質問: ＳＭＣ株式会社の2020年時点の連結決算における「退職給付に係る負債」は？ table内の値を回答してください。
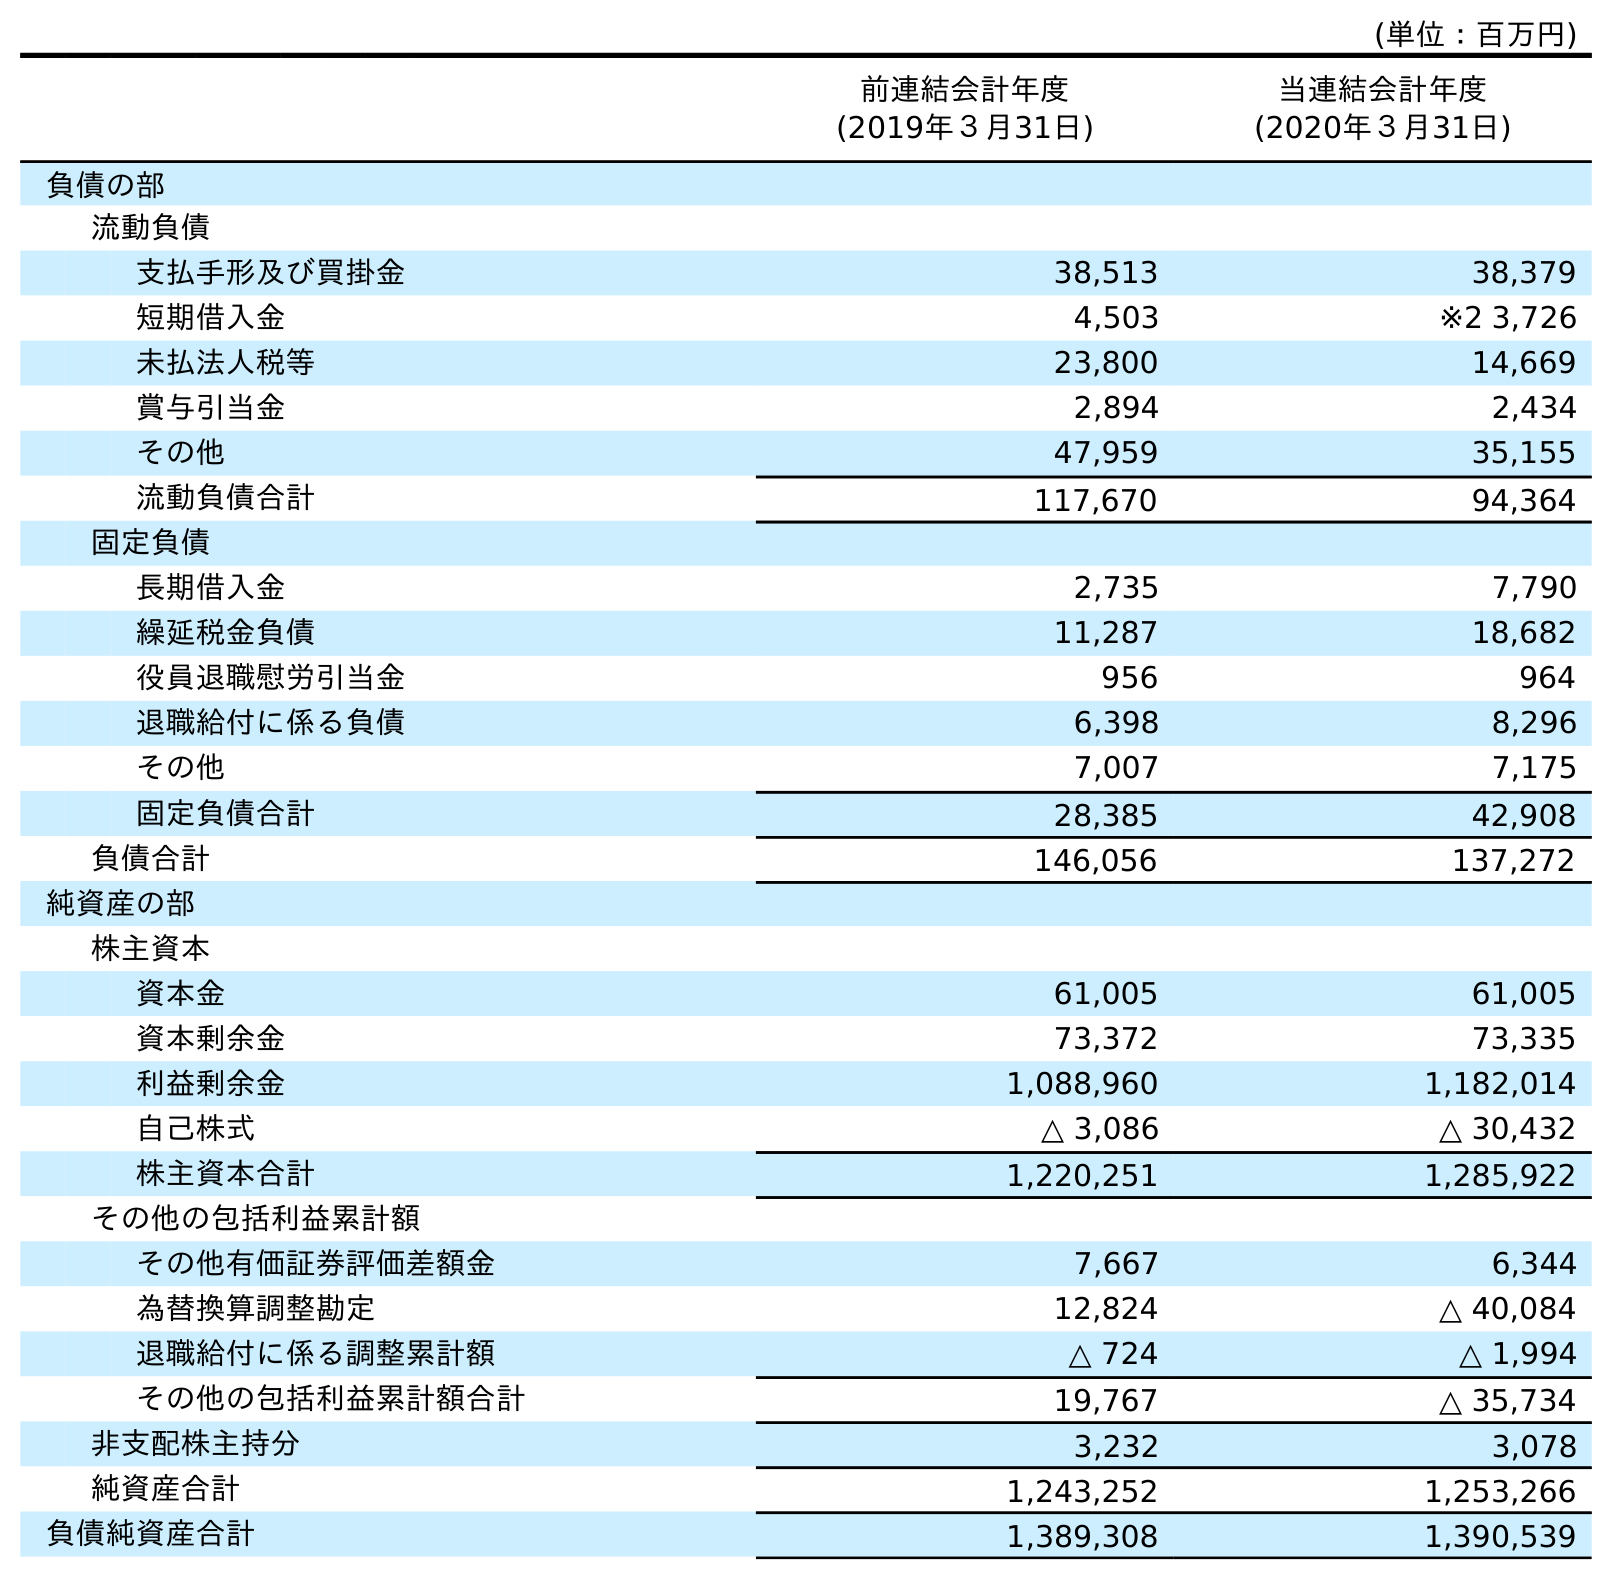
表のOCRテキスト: (単位：百万円) 前連結会計年度 (2019年３月31日) 当連結会計年度 (2020年３月31日) 負債の部 流動負債 支払手形及び買掛金 38,513 38,379 短期借入金 4,503 ※2 3,726 未払法人税等 23,800 14,669 賞与引当金 2,894 2,434 その他 47,959 35,155 流動負債合計 117,670 94,364 固定負債 長期借入金 2,735 7,790 繰延税金負債 11,287 18,682 役員退職慰労引当金 956 964 退職給付に係る負債 6,398 8,296 その他 7,007 7,175 固定負債合計 28,385 42,908 負債合計 146,056 137,272 純資産の部 株主資本 資本金 61,005 61,005 資本剰余金 73,372 73,335 利益剰余金 1,088,960 1,182,014 自己株式 △ 3,086 △ 30,432 株主資本合計 1,220,251 1,285,922 その他の包括利益累計額 その他有価証券評価差額金 7,667 6,344 為替換算調整勘定 12,824 △ 40,084 退職給付に係る調整累計額 △ 724 △ 1,994 その他の包括利益累計額合計 19,767 △ 35,734 非支配株主持分 3,232 3,078 純資産合計 1,243,252 1,253,266 負債純資産合計 1,389,308 1,390,539
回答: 8,296